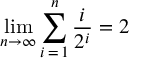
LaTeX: \operatorname* { l i m } _ { n \to \infty } \sum _ { i \mathop { = } 1 } ^ { n } { \frac { i } { 2 ^ { i } } } = 2